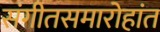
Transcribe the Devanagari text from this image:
संगीतसमारोहांत